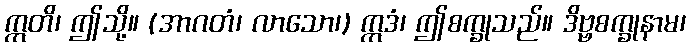
ဣတိ၊ ဤသို့။ (အာဂတံ၊ လာသော၊) ဣဒံ၊ ဤစက္ခုသည်။ ဒိဗ္ဗစက္ခုနာမ၊